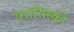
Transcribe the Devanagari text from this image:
फ़्रासिस्को